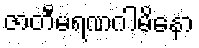
ဇာတီမရဏဂါမိနော